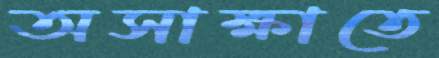
অসাক্ষাতে